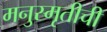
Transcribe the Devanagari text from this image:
मनुस्मृतीची